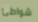
شواطئ